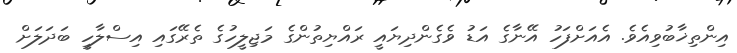
އިންތިޚާބުވިއެވެ. އެއަށްފަހު އޭނާގެ އަޑު ވެގެންދިޔައީ ރައްޔިތުންގެ މަޖިލީހުގެ ތެރޭގައި އިސްލާހީ ބަދަލަށް